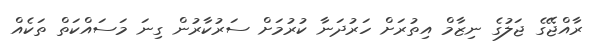
ރާއްޖޭގެ ޖަލުގެ ނިޒާމް އިތުރަށް ހަރުދަނާ ކުރުމަށް ސަރުކާރުން ގިނަ މަސައްކަތް ތަކެއް